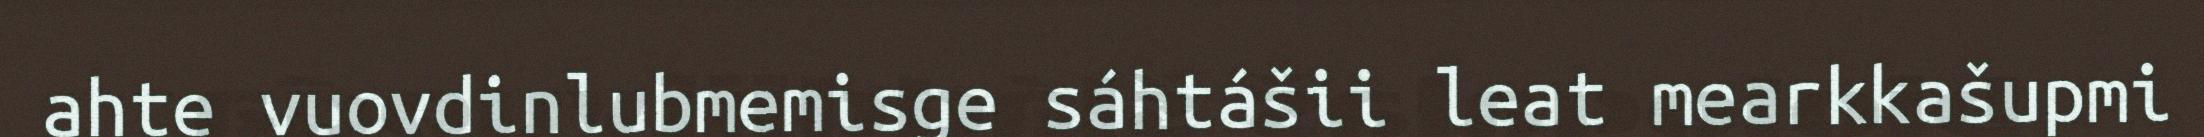
ahte vuovdinlubmemisge sáhtášii leat mearkkašupmi